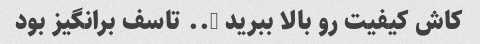
کاش کیفیت رو بالا ببرید ….. تاسف برانگیز بود